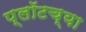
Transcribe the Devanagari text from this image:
प्लॉटच्या